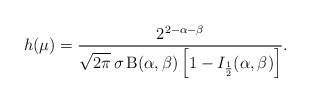
\begin{align*}h(\mu)=\frac{2^{2-\alpha-\beta}}{\sqrt{2\pi}\,\sigma\,\mathrm{B}(\alpha,\beta)\left[1-I_{\frac{1}{2}}(\alpha,\beta)\right]}.\end{align*}